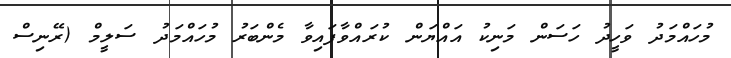
މުހައްމަދު ވަހީދު ހަސަން މަނިކު އައްޔަން ކުރައްވާފައިވާ މެންބަރު މުހައްމަދު ސަލީމް (ރޭނިސް